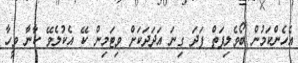
އެހެންކަމުން ބޯވެލިފަތް ފަދަ ގިނަ އަދަދަކަށް ވިޓަމިން ކޭ އެކުލެވޭ ކާނާ ވީހާ